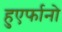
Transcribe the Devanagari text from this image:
हुएर्फानो